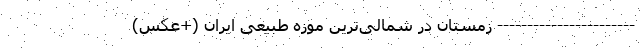
----------------------- زمستان در شمالی‌ترین موزه طبیعی ایران (+عکس)